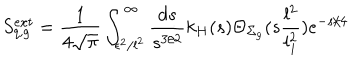
LaTeX: S _ { q , g } ^ { e x t } = { \frac { 1 } { 4 \sqrt { \pi } } } \int _ { \epsilon ^ { 2 } / l ^ { 2 } } ^ { \infty } { \frac { d s } { s ^ { 3 / 2 } } } k _ { H } ( s ) \Theta _ { \Sigma _ { g } } ( s { \frac { l ^ { 2 } } { l _ { 1 } ^ { 2 } } } ) e ^ { - { s / 4 } } ~ ~